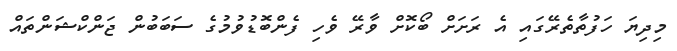
މިދިޔަ ހަފުތާތެރޭގައި އެ ރަށަށް ބޯކޮށް ވާރޭ ވެހި ފެންބޮޑުވުމުގެ ސަބަބުން ޖަންކްޝަންތައް